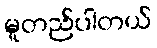
မူတည်ပါတယ်